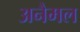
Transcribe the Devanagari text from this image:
अनैमल